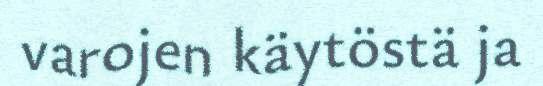
varojen käytöstä ja